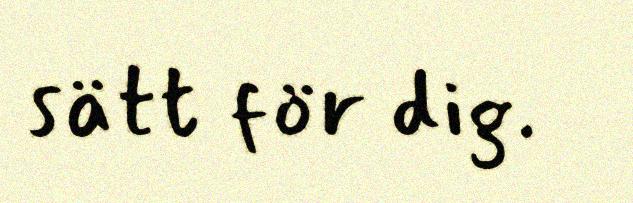
sätt för dig.